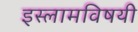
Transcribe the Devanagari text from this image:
इस्लामविषयी